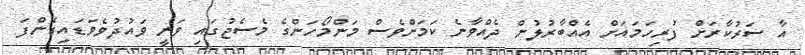
އާ ސަރުކާރަށް ފުރިހަމައަށް އެއްބާރުލުން ދެއްވާނެ ކަމަށްވެސް މަންމޯހަންގެ މެސެޖުގައި ވަނީ ވައުދުވެވަޑައިގެންފަ